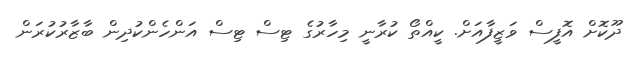
ދޫކޮށް އޮފީސް ވަޒީފާއަށް. ކީއްތޯ ކުރާނީ މިހާރުގެ ޓިސް ޓިސް އަންހެންކުދިން ބާޒާރުކުރަން